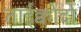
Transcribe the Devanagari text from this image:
ताईक्वोंदो